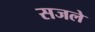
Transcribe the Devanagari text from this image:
सजले